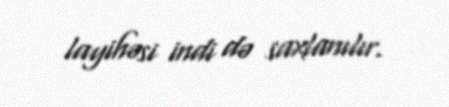
layihəsi indi də saxlanılır.